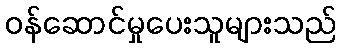
ဝန်ဆောင်မှုပေးသူများသည်